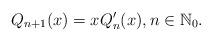
LaTeX: \begin{align*}Q_{n+1}(x)=xQ'_n(x), n \in \mathbb{N}_0.\end{align*}